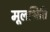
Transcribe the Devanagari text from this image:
मूलभित्ति